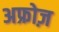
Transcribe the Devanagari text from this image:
अफ्रोज़